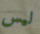
ليس